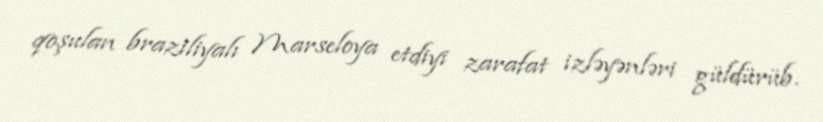
qoşulan braziliyalı Marseloya etdiyi zarafat izləyənləri güldürüb.